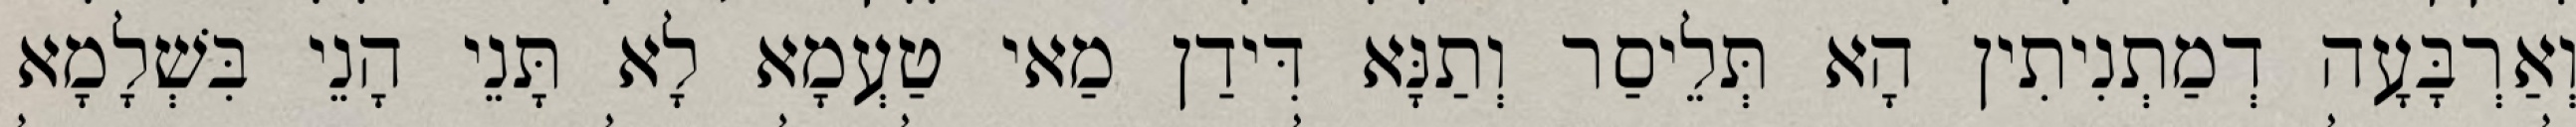
וְאַרְבָּעָה דְמַתְנִיתִין הָא תְּלֵיסַר וְתַנָּא דִּידַן מַאי טַעְמָא לָא תָּנֵי הָנֵי בִּשְׁלָמָא